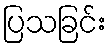
ပြသခြင်း